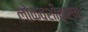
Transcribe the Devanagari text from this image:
लोकवशीकरण